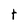
Character: t